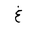
Letter: _gayn